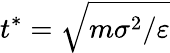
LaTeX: t^{*}=\sqrt{m\sigma^{2}/\varepsilon}